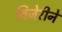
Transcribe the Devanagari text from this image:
विजेरीने